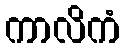
ကာလိကံ